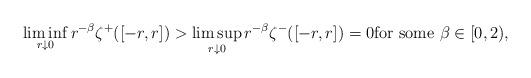
LaTeX: \begin{align*} \liminf_{r\downarrow 0} r^{-\beta} \zeta^+ ([-r,r]) > \limsup_{r\downarrow 0} r^{-\beta} \zeta^- ([-r,r]) = 0 \mbox{for some $\beta \in [0,2)$},\end{align*}